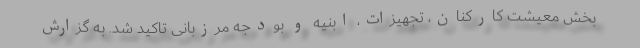
بخش معیشت کارکنان، تجهیزات، ابنیه و بودجه مرزبانی تاکید شد. به گزارش